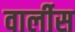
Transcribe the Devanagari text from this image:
वार्लीस